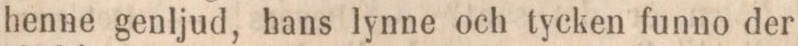
henne genljud, hans lynne och tycken funno der